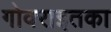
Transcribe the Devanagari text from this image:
गोवराइतका